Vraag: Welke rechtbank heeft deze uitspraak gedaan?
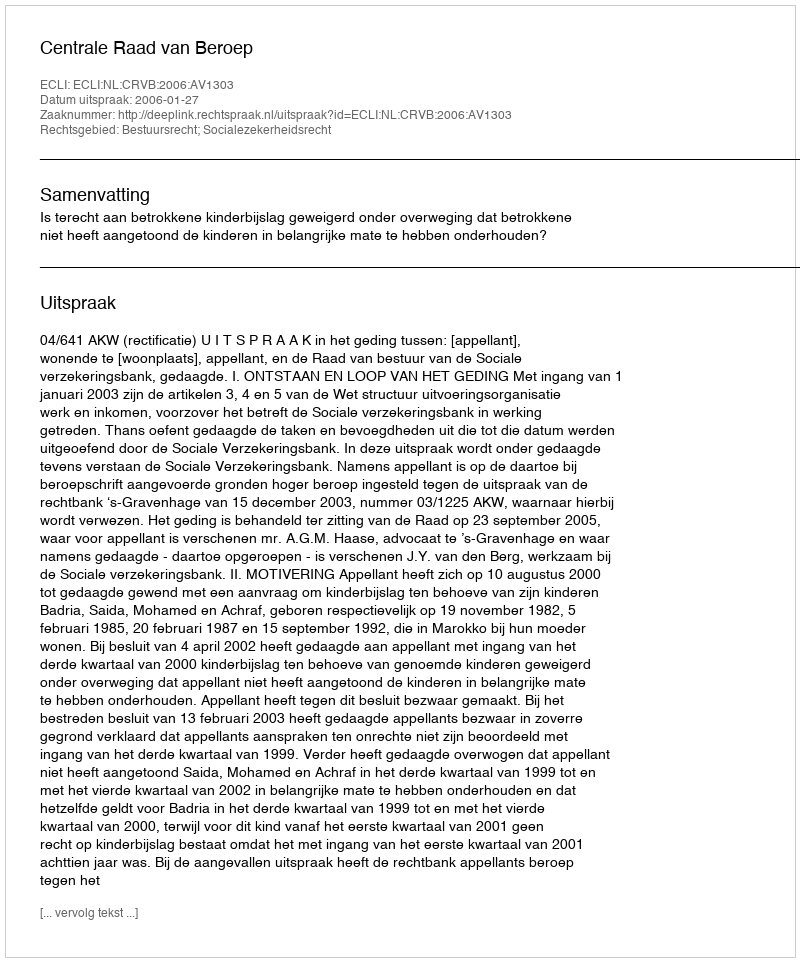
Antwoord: Centrale Raad van Beroep